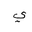
Letter: _ya